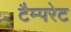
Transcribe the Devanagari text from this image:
टैम्परेट